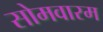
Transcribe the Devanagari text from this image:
सोमवारम